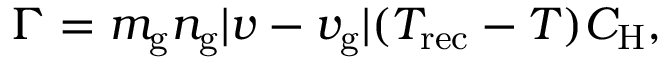
\begin{array} { r } { \Gamma = m _ { \mathrm { g } } n _ { \mathrm { g } } | v - v _ { \mathrm { g } } | ( T _ { \mathrm { r e c } } - T ) C _ { \mathrm { H } } , } \end{array}